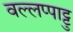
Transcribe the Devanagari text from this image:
वल्लप्पाट्टु